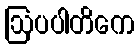
ဩပပါတိကေ